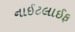
નાઈટલાઈફ